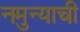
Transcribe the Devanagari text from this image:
नमुन्याची